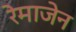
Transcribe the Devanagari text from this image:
रेमाजेन